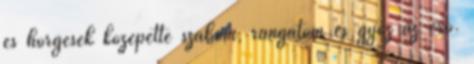
és hörgések közepette szabom, rángatom és győz az erő.